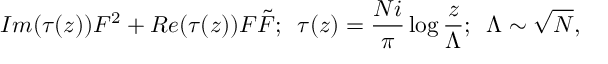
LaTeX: { \cal I } m ( \tau ( z ) ) F ^ { 2 } + { \cal R } e ( \tau ( z ) ) F \tilde { F } ; \, \, \, \tau ( z ) = { \frac { N i } { \pi } } \log { \frac { z } { \Lambda } } ; \, \, \, \Lambda \sim { \sqrt N } ,